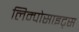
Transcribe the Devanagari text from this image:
लिम्पोसाइट्स